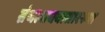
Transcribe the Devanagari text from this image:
ग्रंथलाघवासारख्या